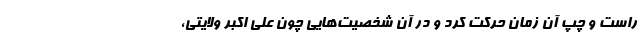
راست و چپ آن زمان حرکت کرد و در آن شخصیت‌هایی چون علی اکبر ولایتی،